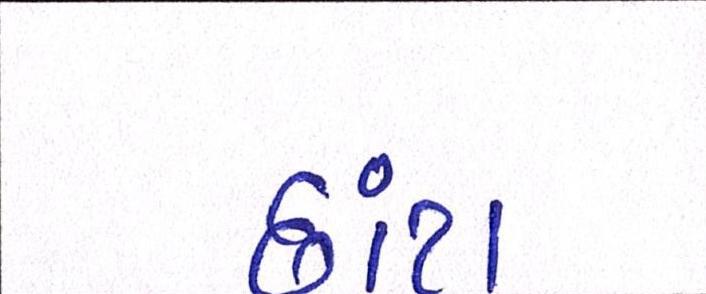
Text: છાંટા